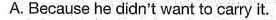
A.Because he didn't want to carry it.